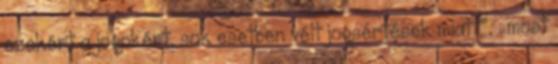
ezekért a jogokért, sok esetben vélt jogsértések miatt”, „most